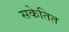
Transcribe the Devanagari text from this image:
सकेतित